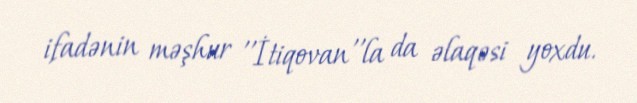
ifadənin məşhur ''İtiqovan''la da əlaqəsi yoxdu.